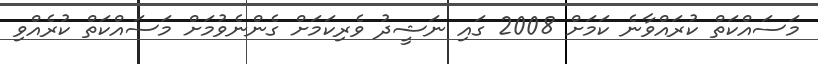
މަސައްކަތް ކުރައްވާނެ ކަމަށް 2008 ގައި ނަޝީދު ވެރިކަމަށް ގެންނެވުމަށް މަސައްކަތް ކުރެއްވި